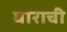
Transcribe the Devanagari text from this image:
घाराची